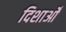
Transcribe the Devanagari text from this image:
दिशाओँ